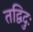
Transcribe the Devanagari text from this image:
तद्विदुः